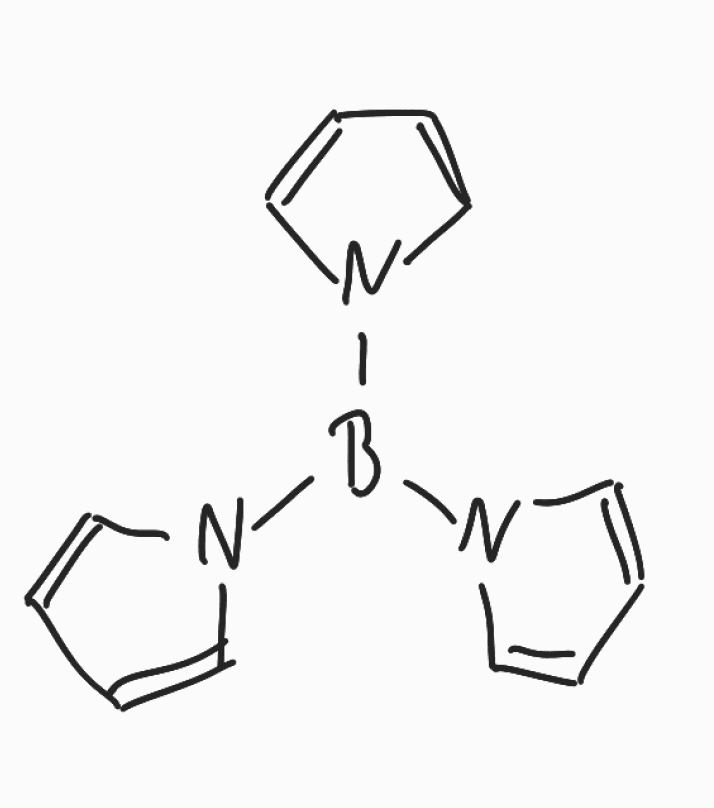
Simplified molecular-input line-entry system (SMILES) notation of the given molecule:
B(N1C=CC=C1)(N2C=CC=C2)N3C=CC=C3